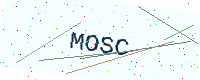
Text: MOSC